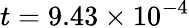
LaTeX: t=9.43\times 10^{-4}